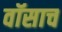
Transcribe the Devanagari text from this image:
वॉसाच